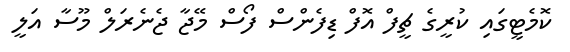
ކޮމެޓީގައި ކުރީގެ ޗީފް އޮފް ޑިފެންސް ފޯސް މޭޖާ ޖެނެރަލް މޫސާ އަލީ